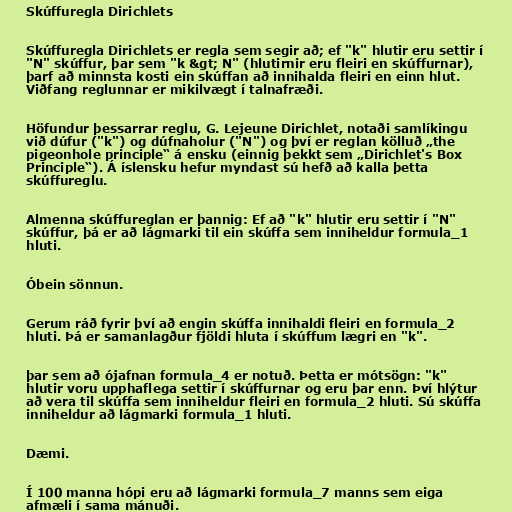
Skúffuregla Dirichlets

Skúffuregla Dirichlets er regla sem segir að; ef "k" hlutir eru settir í
"N" skúffur, þar sem "k &gt; N" (hlutirnir eru fleiri en skúffurnar),
þarf að minnsta kosti ein skúffan að innihalda fleiri en einn hlut.
Viðfang reglunnar er mikilvægt í talnafræði.

Höfundur þessarrar reglu, G. Lejeune Dirichlet, notaði samlíkingu
við dúfur ("k") og dúfnaholur ("N") og því er reglan kölluð „the
pigeonhole principle“ á ensku (einnig þekkt sem „Dirichlet's Box
Principle“). Á íslensku hefur myndast sú hefð að kalla þetta
skúffureglu.

Almenna skúffureglan er þannig: Ef að "k" hlutir eru settir í "N"
skúffur, þá er að lágmarki til ein skúffa sem inniheldur formula_1
hluti.

Óbein sönnun.

Gerum ráð fyrir því að engin skúffa innihaldi fleiri en formula_2
hluti. Þá er samanlagður fjöldi hluta í skúffum lægri en "k".

þar sem að ójafnan formula_4 er notuð. Þetta er mótsögn: "k"
hlutir voru upphaflega settir í skúffurnar og eru þar enn. Því hlýtur
að vera til skúffa sem inniheldur fleiri en formula_2 hluti. Sú skúffa
inniheldur að lágmarki formula_1 hluti.

Dæmi.

Í 100 manna hópi eru að lágmarki formula_7 manns sem eiga
afmæli í sama mánuði.